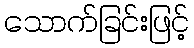
သောက်ခြင်းဖြင့်